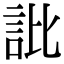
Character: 䚹